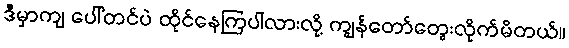
ဒီမှာကျ ပေါ်တင်ပဲ ထိုင်နေကြပါလားလို့ ကျွန်တော်တွေးလိုက်မိတယ်။